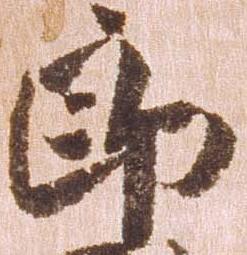
郎